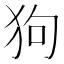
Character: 狗